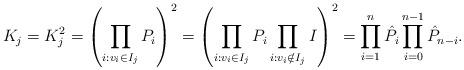
LaTeX: \begin{align*}K_j = K_j^2 = \left(\prod_{i: v_i \in I_j} P_i\right)^2 = \left(\prod_{i: v_i \in I_j} P_i \prod_{i: v_i \notin I_j} I\right)^2= \prod_{i=1}^{n} \hat{P}_i \prod_{i=0}^{n-1} \hat{P}_{n-i}.\end{align*}